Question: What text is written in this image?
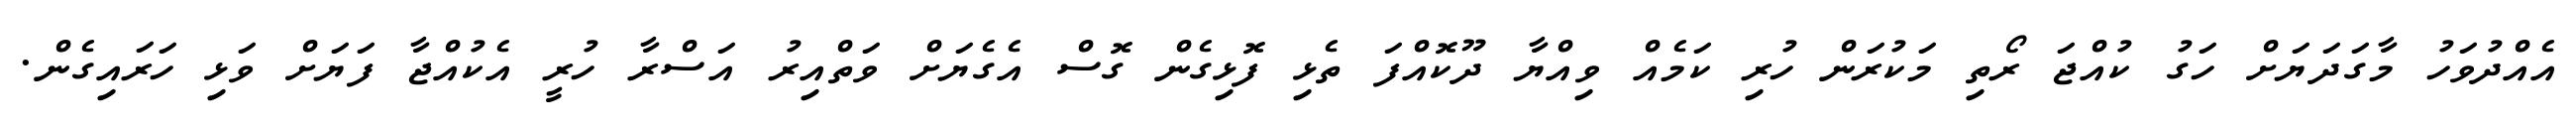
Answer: އެއްދުވަހު މާގަދަޔަށް ހަގު ކުއްޖަ ރޯތި މަކުރަން ހުރި ކަމެއް ވިއްޔާ ދޫކޮއްފަ ތެޅި ފޮޅިގެން ގޮސް އެގެޔަށް ވަތްއިރު އަސްރާ ހުރީ އެކުއްޖާ ފަޔަށް ވަޅި ހަރައިގެން.